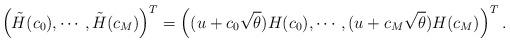
LaTeX: \begin{align*} \left( \tilde{H}(c_0), \cdots, \tilde{H}(c_M) \right)^T = \left( (u + c_0 \sqrt{\theta}) H(c_0), \cdots, (u + c_M \sqrt{\theta}) H(c_M) \right)^T.\end{align*}